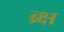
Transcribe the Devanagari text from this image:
ब्र्क्ष